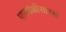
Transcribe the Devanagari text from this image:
पाकोळीसारखे